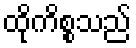
ထိုကိစ္စသည်